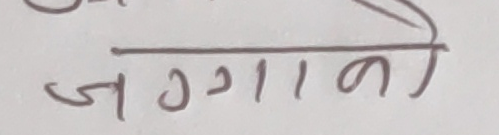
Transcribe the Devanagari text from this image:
जग्गाको